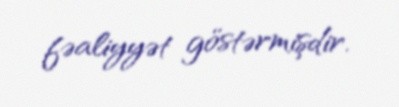
fəaliyyət göstərmişdir.